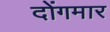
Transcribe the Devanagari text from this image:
दोंगमार